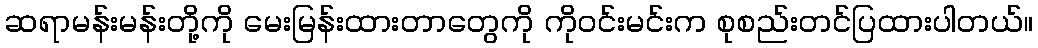
ဆရာမန်းမန်းတို့ကို မေးမြန်းထားတာတွေကို ကိုဝင်းမင်းက စုစည်းတင်ပြထားပါတယ်။